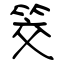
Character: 筊